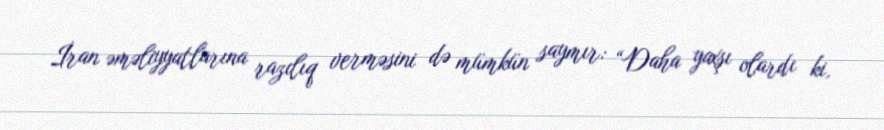
İran əməliyyatlarına razılıq verməsini də mümkün saymır: “Daha yaxşı olardı ki,